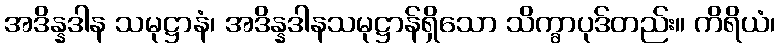
အဒိန္နဒါန သမုဋ္ဌာနံ၊ အဒိန္နဒါနသမုဋ္ဌာန်ရှိသော သိက္ခာပုဒ်တည်း။ ကိရိယံ၊